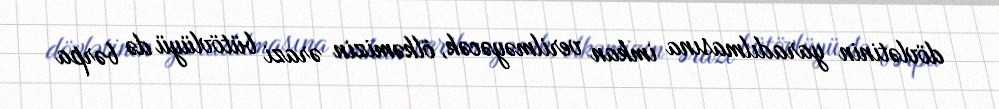
dövlətinin yaradılmasına imkan verilməyəcək, ölkəmizin ərazi bütövlüyü də bərpa